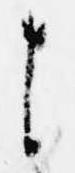
よ